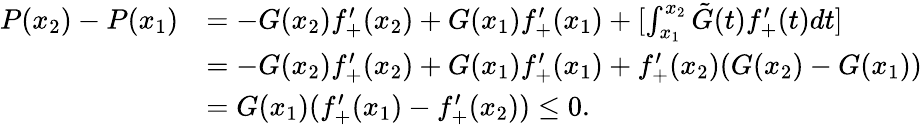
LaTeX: \begin{array}{rl}{P(x_{2})-P(x_{1})}&{=-G(x_{2})f_{+}^{\prime}(x_{2})+G(x_{1})f_{+}^{\prime}(x_{1})+[\int_{x_{1}}^{x_{2}}\tilde{G}(t)f_{+}^{\prime}(t)dt]}\\ &{=-G(x_{2})f_{+}^{\prime}(x_{2})+G(x_{1})f_{+}^{\prime}(x_{1})+f_{+}^{\prime}(x_{2})(G(x_{2})-G(x_{1}))}\\ &{=G(x_{1})(f_{+}^{\prime}(x_{1})-f_{+}^{\prime}(x_{2}))\leq 0.}\end{array}